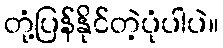
တုံ့ပြန်နိုင်တဲ့ပုံပါပဲ။